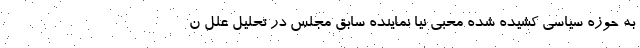
به حوزه سیاسی کشیده شده محبی نیا نماینده سابق مجلس در تحلیل علل ن